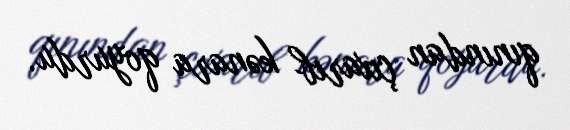
qınından çıxarıb kənara qoyurdu.